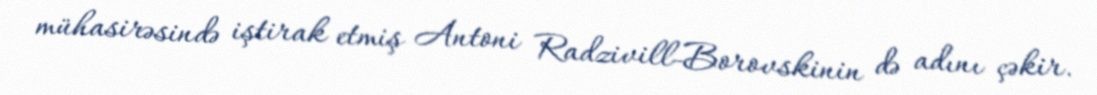
mühasirəsində iştirak etmiş Antoni Radzivill-Borovskinin də adını çəkir.